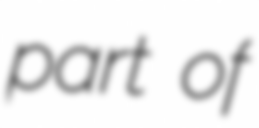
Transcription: part of